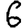
Digit: 6